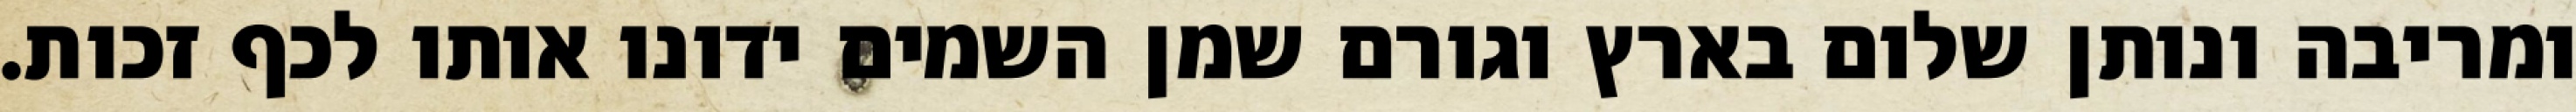
ומריבה ונותן שלום בארץ וגורם שמן השמים ידונו אותו לכף זכות.